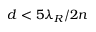
d < 5 \lambda _ { R } / 2 n